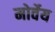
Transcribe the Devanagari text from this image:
मोर्वेय